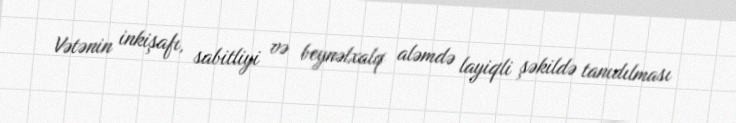
Vətənin inkişafı, sabitliyi və beynəlxalq aləmdə layiqli şəkildə tanıdılması